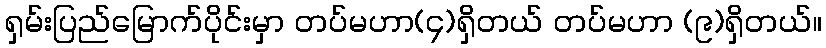
ရှမ်းပြည်မြောက်ပိုင်းမှာ တပ်မဟာ(၄)ရှိတယ် တပ်မဟာ (၉)ရှိတယ်။